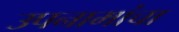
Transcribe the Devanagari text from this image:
उपनामांचा